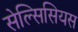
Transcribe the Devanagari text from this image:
सेल्सिसियस